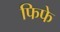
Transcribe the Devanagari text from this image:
फिफे